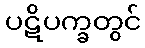
ပဋိပက္ခတွင်